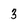
Character: 3